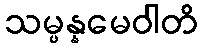
သမ္ပန္နမေဝါတိ